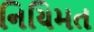
નિયિમત